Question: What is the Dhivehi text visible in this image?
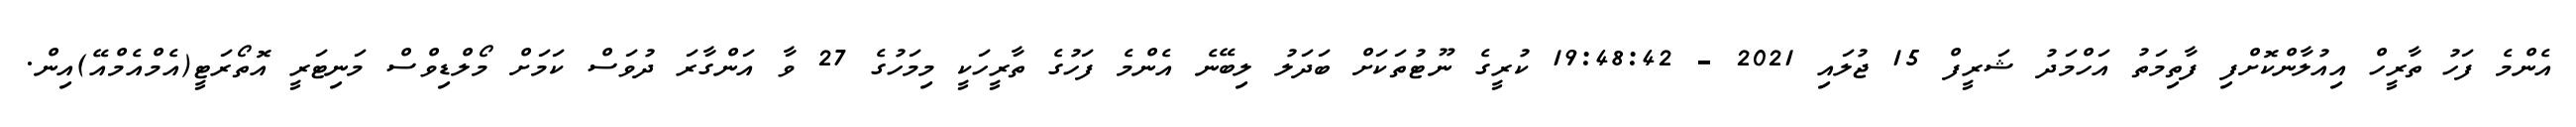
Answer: އެންމެ ފަހު ތާރީހް އިއުލާންކޮށްފި ފާތިމަތު އަހްމަދު ޝަރީފް 15 ޖުލައި 2021 - 19:48:42 ކުރީގެ ނޫޓުތަކަށް ބަދަލު ލިބޭނެ އެންމެ ފަހުގެ ތާރީހަކީ މިމަހުގެ 27 ވާ އަންގާރަ ދުވަސް ކަމަށް މޯލްޑިވްސް މަނިޓަރީ އޮތޯރަޓީ(އެމްއެމްއޭ)އިން.